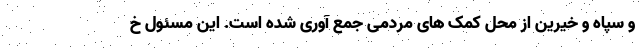
و سپاه و خیرین از محل کمک های مردمی جمع آوری شده است. این مسئول خ